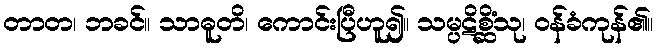
တာတ၊ ဘခင်။ သာဓူတိ၊ ကောင်းပြီဟူ၍။ သမ္ပဋိစ္ဆိံသု၊ ဝန်ခံကုန်၏။